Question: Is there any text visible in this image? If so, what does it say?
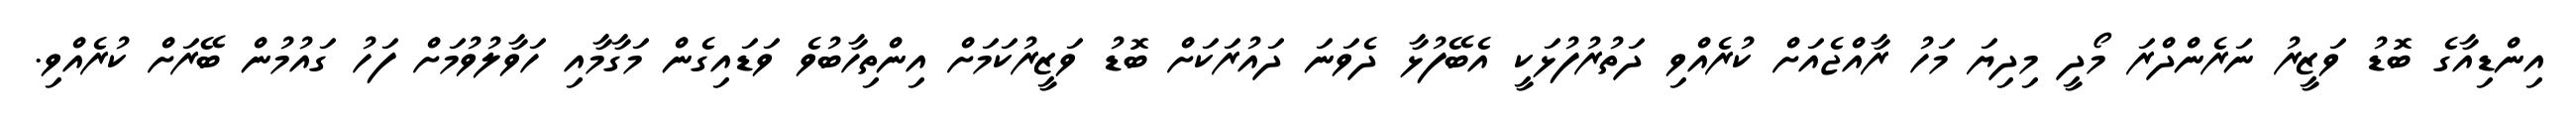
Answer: އިންޑިއާގެ ބޮޑު ވަޒީރު ނަރެންދްރަ މޯދީ މިދިޔަ މަހު ރާއްޖެއަށް ކުރެއްވި ދަތުރުފުޅަކީ އެބޭފުޅާ ދެވަނަ ދައުރަކަށް ބޮޑު ވަޒީރުކަމަށް އިންތިހާބުވެ ވަޑައިގެން މަގާމާއި ހަވާލުވުމަށް ފަހު ގައުމުން ބޭރަށް ކުރެއްވި.